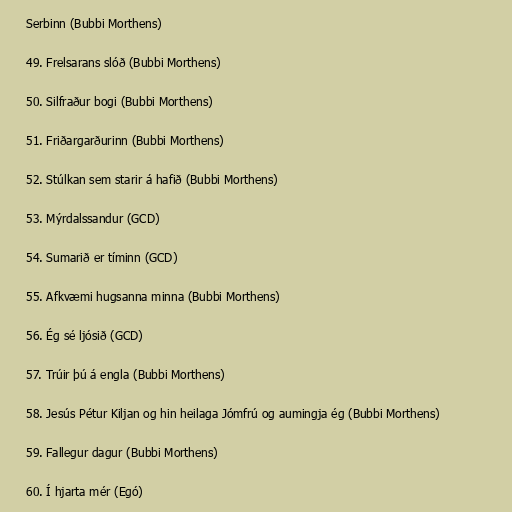
Serbinn (Bubbi Morthens)

49. Frelsarans slóð (Bubbi Morthens)

50. Silfraður bogi (Bubbi Morthens)

51. Friðargarðurinn (Bubbi Morthens)

52. Stúlkan sem starir á hafið (Bubbi Morthens)

53. Mýrdalssandur (GCD)

54. Sumarið er tíminn (GCD)

55. Afkvæmi hugsanna minna (Bubbi Morthens)

56. Ég sé ljósið (GCD)

57. Trúir þú á engla (Bubbi Morthens)

58. Jesús Pétur Kiljan og hin heilaga Jómfrú og aumingja ég (Bubbi Morthens)

59. Fallegur dagur (Bubbi Morthens)

60. Í hjarta mér (Egó)